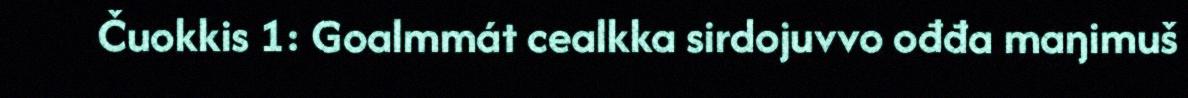
Čuokkis 1: Goalmmát cealkka sirdojuvvo ođđa maŋimuš